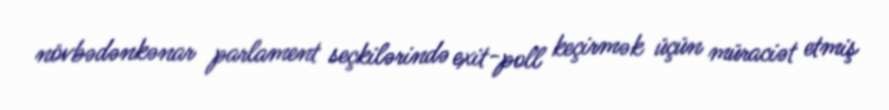
növbədənkənar parlament seçkilərində exit-poll keçirmək üçün müraciət etmiş